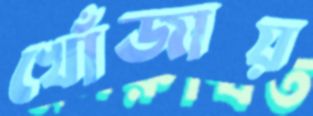
খোঁজায়